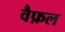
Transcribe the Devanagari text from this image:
वैफ़ल